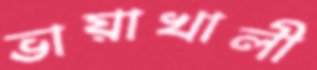
ভায়াখালী